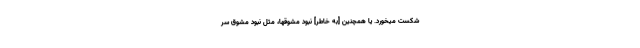
شکست میخورد. یا همچنین [به خاطر] نبودِ مشوّقها، مثل نبود مشوّق سر